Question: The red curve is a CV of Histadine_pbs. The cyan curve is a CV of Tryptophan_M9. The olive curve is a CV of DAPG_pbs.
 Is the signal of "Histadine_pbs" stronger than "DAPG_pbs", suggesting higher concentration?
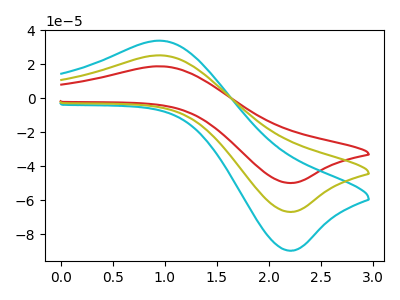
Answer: <think>The red curve "Histadine_pbs" has an anodic peak at (0.95V, 18.85uA) and a cathodic peak at (2.20V, -49.85uA). The cyan curve "Tryptophan_M9" has an anodic peak at (0.95V, 50.60uA) and a cathodic peak at (2.20V, -133.70uA). The olive curve "DAPG_pbs" has an anodic peak at (0.95V, 25.30uA) and a cathodic peak at (2.20V, -66.85uA).
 All the peaks in "Histadine_pbs" have a peak in "DAPG_pbs" at the same potential. Every peak in "Histadine_pbs" is lower than every peak in "DAPG_pbs".</think>
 <answer>"Histadine_pbs" has less signal than "DAPG_pbs" and so likely has a lower concentration.</answer>
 <eval>less_concentration</eval>